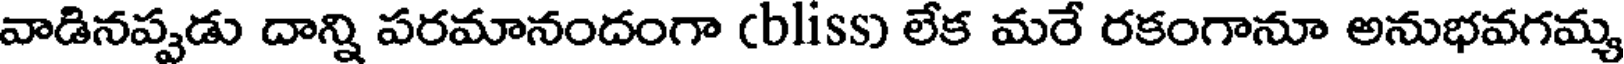
వాడినప్పడు దాన్ని పరమానందంగా (bliss) లేక మరే రకంగానూ అనుభవగమ్య